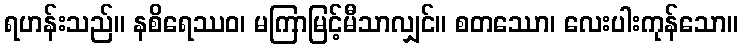
ရဟန်းသည်။ နစိရေဿဝ၊ မကြာမြင့်မီသာလျှင်။ စတဿော၊ လေးပါးကုန်သော။